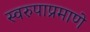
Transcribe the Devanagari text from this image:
स्वरुपाप्रमाणे